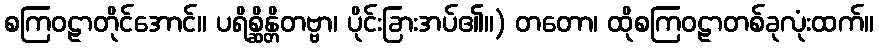
စကြဝဠာတိုင်အောင်။ ပရိစ္ဆိန္တိတဗ္ဗာ၊ ပိုင်းခြားအပ်၏။) တတော၊ ထိုစကြဝဠာတစ်ခုလုံးထက်။